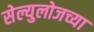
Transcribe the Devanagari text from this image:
सेल्युलोजच्या